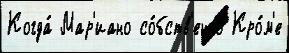
Когда́ Мар'иано со́бств'енно Кро́м'е